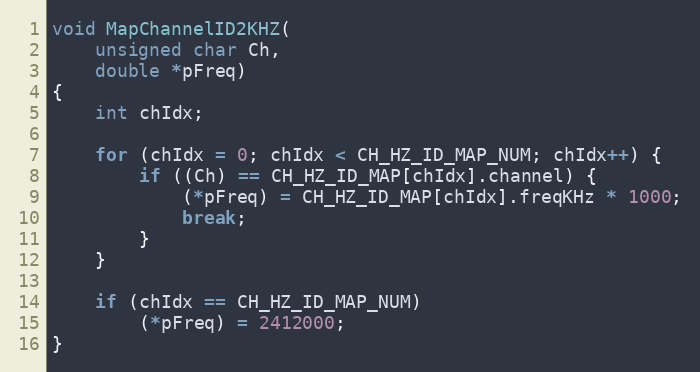
Language: C
void MapChannelID2KHZ(
	unsigned char Ch,
	double *pFreq)
{
	int chIdx;

	for (chIdx = 0; chIdx < CH_HZ_ID_MAP_NUM; chIdx++) {
		if ((Ch) == CH_HZ_ID_MAP[chIdx].channel) {
			(*pFreq) = CH_HZ_ID_MAP[chIdx].freqKHz * 1000;
			break;
		}
	}

	if (chIdx == CH_HZ_ID_MAP_NUM)
		(*pFreq) = 2412000;
}